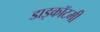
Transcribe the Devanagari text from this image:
डाइकॉटमी